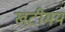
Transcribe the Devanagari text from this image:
खटीमय